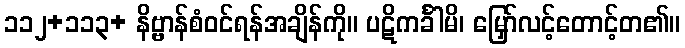
၁၁၂+၁၁၃+ နိဗ္ဗာန်စံဝင်ရန်အချိန်ကို။ ပဋိကင်္ခါမိ၊ မြှော်လင့်တောင့်တ၏။